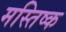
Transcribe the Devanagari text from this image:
मस्‍तिष्‍क